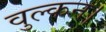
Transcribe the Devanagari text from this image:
वुल्कन।